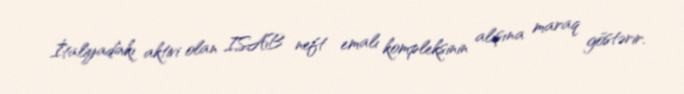
İtaliyadakı aktivi olan ISAB neft emalı kompleksinin alışına maraq göstərir.